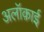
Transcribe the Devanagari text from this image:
अलॉक़ाई